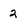
Character: 2